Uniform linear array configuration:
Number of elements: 48
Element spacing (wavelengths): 0.5
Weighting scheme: hamming
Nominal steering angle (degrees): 60
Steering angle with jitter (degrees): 60.988
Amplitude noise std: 0.05
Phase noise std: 0.05

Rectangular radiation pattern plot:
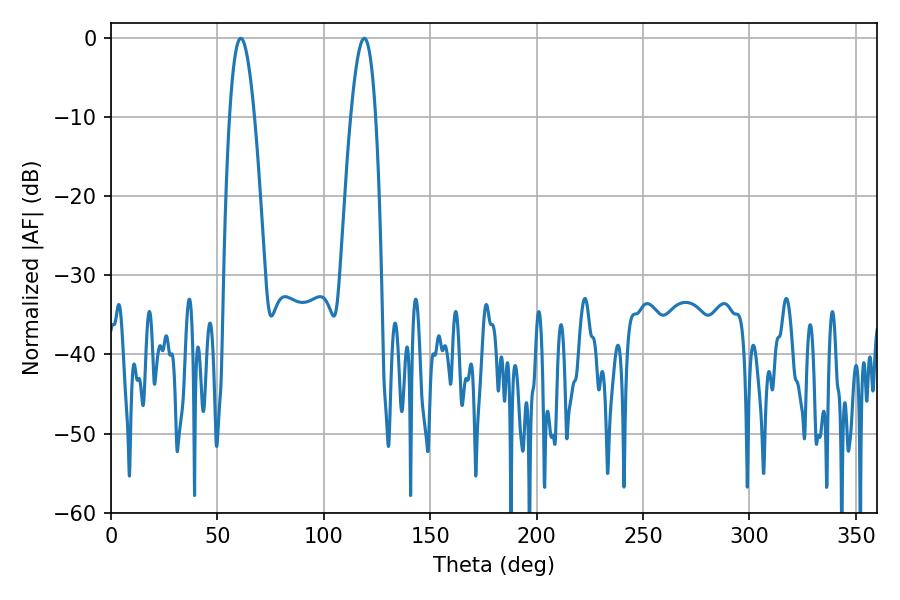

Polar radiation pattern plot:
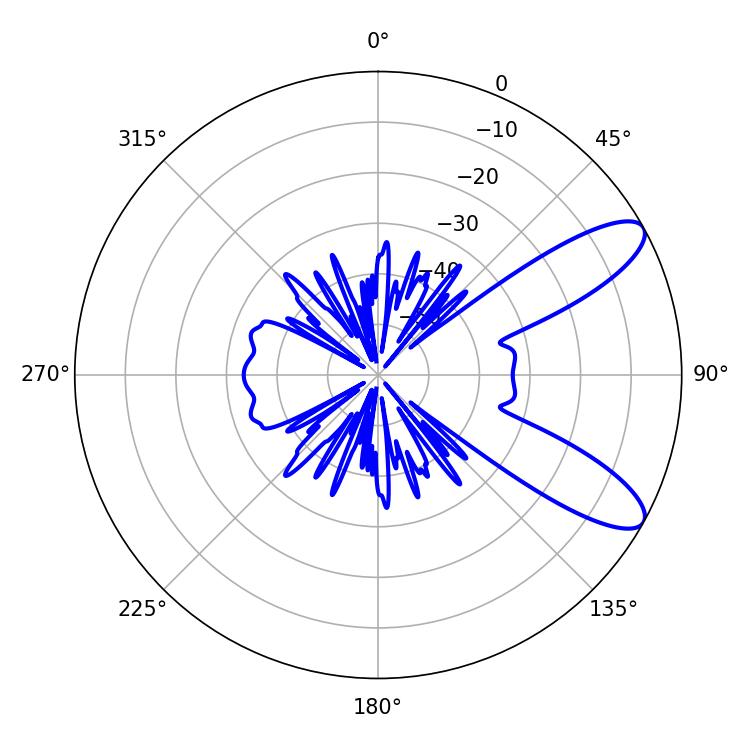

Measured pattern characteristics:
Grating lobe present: FALSE
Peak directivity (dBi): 9.744
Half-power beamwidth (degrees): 6.3
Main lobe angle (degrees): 61.02